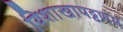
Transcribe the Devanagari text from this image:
यिशाखापट्टणम